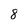
Character: 8